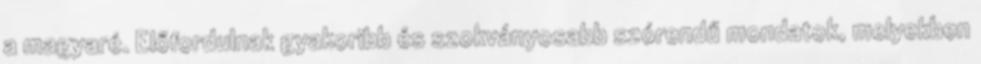
a magyaré. Előfordulnak gyakoribb és szokványosabb szórendű mondatok, melyekben